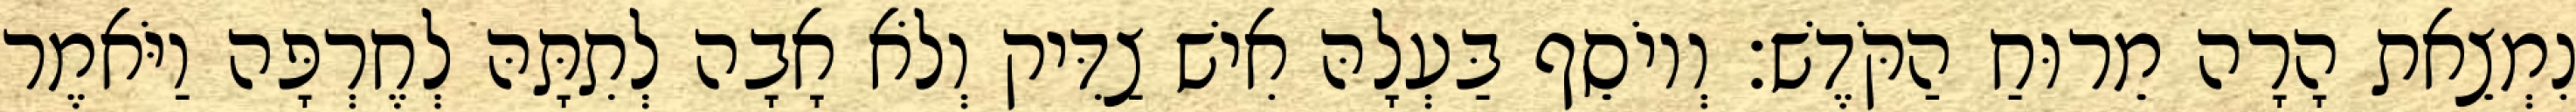
נִמְצֵאת הָרָה מֵרוּחַ הַקֹּדֶשׁ׃ וְיוֹסֵף בַּעְלָהּ אִישׁ צַדִּיק וְלֹא אָבָה לְתִתָּהּ לְחֶרְפָּה וַיֹּאמֶר